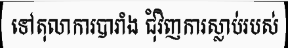
ទៅតុលាការបារាំង ជុំវិញការស្លាប់របស់